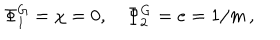
LaTeX: \Phi _ { 1 } ^ { \mathrm { G } } = \chi = 0 , \, \, \, \, \, \, \Phi _ { 2 } ^ { \mathrm { G } } = e = 1 / m \, ,